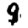
Digit: 9